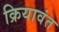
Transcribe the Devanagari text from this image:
क्रियावंत